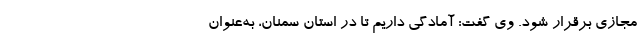
مجازی برقرار شود. وی گفت: آمادگی داریم تا در استان سمنان، به‌عنوان